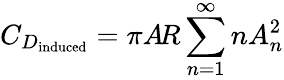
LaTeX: C_{D_{\mathrm{induced}}}=\pi A\! R\sum_{n=1}^{\infty}nA_{n}^{2}